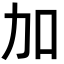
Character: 加